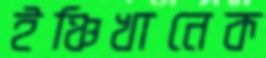
ইঞ্চিখানেক